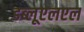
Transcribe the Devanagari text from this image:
डब्लूएलएल